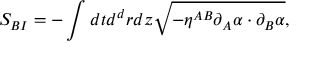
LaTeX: S _ { B I } = - \int d t d ^ { d } r d z \sqrt { - \eta ^ { A B } \partial _ { A } \alpha \cdot \partial _ { B } \alpha } ,